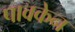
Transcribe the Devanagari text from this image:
पावकेन